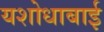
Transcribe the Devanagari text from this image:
यशोधाबाई